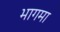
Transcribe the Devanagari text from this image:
भागमा